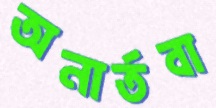
অনার্তবা